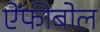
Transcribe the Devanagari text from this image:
ऐंफीबोल